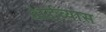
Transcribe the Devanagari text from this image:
अर्द्धव्यास